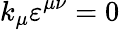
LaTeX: k_{\mu}\varepsilon^{\mu\nu}=0